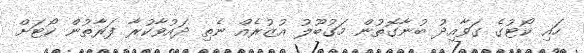
ހައި ކޯޓުގެ ގަވާއިދު ބުނާގޮތުން މަގުބޫލު އުޒުރެއް ނެތި ދައުވާކުރާ ފަރާތުން ކޯޓަށް